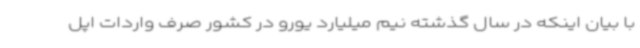
با بیان اینکه در سال گذشته نیم میلیارد یورو در کشور صرف واردات اپل